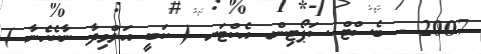
2007 - ބެސްޓް ސަޕޯޓިންގ އެކްޓަރ ( ކަބީ އަލްވިދާ ނާކެހެނާ )